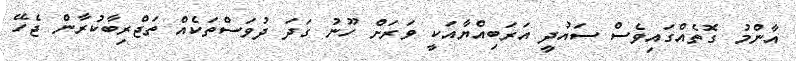
އާންމު ގޮތެއްގައިވެސް ސައުދީ އަރަބިއްޔާއަކީ ވަރަށް ހޫނު ގަދަ ދުވަސްތަކެއް ތަޖްރިބާކުރާން ޖެހޭ